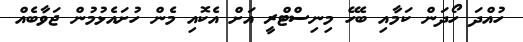
ހުއްދަ ހޯދަން ކަމާއި ބެހޭ މިނިސްޓްރީ އަށް އެކޮއި މެން ހުށައެޅުމުން ޖަވާބެއް